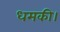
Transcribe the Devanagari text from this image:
धमकी।